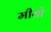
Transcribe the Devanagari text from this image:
मीयो